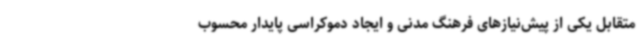
متقابل یکی از پیش‌نیازهای فرهنگ مدنی و ایجاد دموکراسی پایدار محسوب